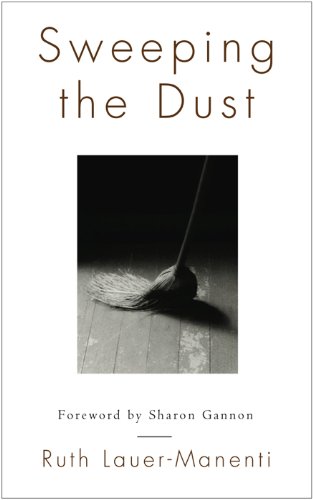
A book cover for Sweeping the Dust; Ruth Lauer-Manenti; Religion & Spirituality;